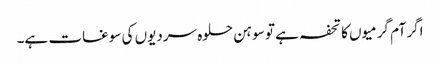
اگر آم گرمیوں کا تحفہ ہے تو سوہن حلوہ سردیوں کی سوغات ہے۔